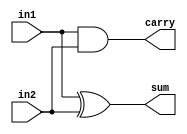
// This program was cloned from: https://github.com/neelkshah/MIPS-Processor
// License: GNU General Public License v3.0

module halfAdder(sum,carry,in1,in2);
	input in1, in2;
	output sum, carry;
	
	xor x1(sum, in1, in2);
	and a1(carry, in1, in2);
	
endmodule

/*module testbench1;
	reg i1, i2;
	wire s, c;
	halfAdder ha1(s, c, i1, i2);
	initial
		begin
			$monitor($time, " input1 = %b, input2 = %b, Sum = %b, Carry = %b", i1, i2, s, c);
			#2 i1 = 1'b 0; i2 = 1'b 0;
			#2 i1 = 1'b 0; i2 = 1'b 1;
			#2 i1 = 1'b 1; i2 = 1'b 0;
			#2 i1 = 1'b 1; i2 = 1'b 1;
		end

endmodule	*/

module oneBitFullAdder(sum, carry, in1, in2, cin);
	input in1, in2, cin;
	output sum, carry;
	wire s1, c1, c2;
	
	halfAdder ha1(s1, c1, in1, in2);
	halfAdder ha2(sum, c2, s1, cin);
	or o1(carry, c1, c2);
	
endmodule

/*module testbench2;
	reg in1, in2, cin;
	wire sum, carry;
	oneBitFullAdder fa1(sum, carry, in1, in2, cin);
	initial
		begin
			$monitor($time, "    input1 = %b, input2 = %b, carryIn = %b, sum = %b, carry = %b", in1, in2, cin, sum, carry);
			#2 in1 = 1'b 0; in2 = 1'b 0; cin = 1'b 0;
			#2 in1 = 1'b 0; in2 = 1'b 1; cin = 1'b 0;
			#2 in1 = 1'b 1; in2 = 1'b 0; cin = 1'b 0;
			#2 in1 = 1'b 1; in2 = 1'b 1; cin = 1'b 0;
			#2 in1 = 1'b 0; in2 = 1'b 0; cin = 1'b 1;
			#2 in1 = 1'b 0; in2 = 1'b 1; cin = 1'b 1;
			#2 in1 = 1'b 1; in2 = 1'b 0; cin = 1'b 1;
			#2 in1 = 1'b 1; in2 = 1'b 1; cin = 1'b 1;
		end
endmodule	*/

module fourBitFullAdder(sum, carry, in1, in2, cin);
	input [3:0] in1, in2;
	input cin;
	output [3:0] sum;
	output carry;
	wire c0, c1, c2;
	
	oneBitFullAdder obfa1(sum[0], c0, in1[0], in2[0], cin);
	oneBitFullAdder obfa2(sum[1], c1, in1[1], in2[1], c0);
	oneBitFullAdder obfa3(sum[2], c2, in1[2], in2[2], c1);
	oneBitFullAdder obfa4(sum[3], carry, in1[3], in2[3], c2);
	
endmodule

/*module testbench3;
	reg [3:0] in1, in2;
	reg cin;
	wire [3:0] sum;
	wire carry;
	fourBitFullAdder fbfa1(sum, carry, in1, in2, cin);
	initial
		begin
			$monitor($time, "    input1 = %b, input2 = %b, carryIn = %b, sum = %b, carry = %b", in1, in2, cin, sum, carry);
			#2 in1 = 4'b 0000; in2 = 4'b 0000; cin = 1'b 0;
			#2 in1 = 4'b 0010; in2 = 4'b 0100; cin = 1'b 1;
			#2 in1 = 4'b 0000; in2 = 4'b 1111; cin = 1'b 0;
			#2 in1 = 4'b 1111; in2 = 4'b 0001; cin = 1'b 1;
		end
		
endmodule	*/

module eightBitFullAdder(sum, carry, in1, in2, cin);
	input [7:0] in1, in2;
	input cin;
	output [7:0] sum;
	output carry;
	wire caux;
	
	fourBitFullAdder fbfa1(sum[3:0], caux, in1[3:0], in2[3:0], cin);
	fourBitFullAdder fbfa2(sum[7:4], carry, in1[7:4], in2[7:4], caux);
	
endmodule

/*module testbench4;
	reg [7:0] in1, in2;
	reg cin;
	wire [7:0] sum;
	wire carry;
	eightBitFullAdder ebfa1(sum, carry, in1, in2, cin);
	initial
		begin
		$monitor($time, "    input1 = %b, input2 = %b, carryIn = %b, sum = %b, carry = %b", in1, in2, cin, sum, carry);
		#2 in1 = 8'b 00000000; in2 = 8'b 00000000; cin = 1'b 0;
		#2 in1 = 8'b 10101010; in2 = 8'b 01010101; cin = 1'b 1;
		#2 in1 = 8'b 11111111; in2 = 8'b 00000000; cin = 1'b 1;
		#2 in1 = 8'b 11111111; in2 = 8'b 11111111; cin = 1'b 1;
		end
		
endmodule	*/

module thirtytwoBitFullAdder(sum, carry, in1, in2, cin);
	input [31:0] in1, in2;
	input cin;
	output [31:0] sum;
	output carry;
	wire caux1, caux2, caux3;
	
	eightBitFullAdder ebfa1(sum[7:0], caux1, in1[7:0], in2[7:0], cin);
	eightBitFullAdder ebfa2(sum[15:8], caux2, in1[15:8], in2[15:8], caux1);
	eightBitFullAdder ebfa3(sum[23:16], caux3, in1[23:16], in2[23:16], caux2);
	eightBitFullAdder ebfa4(sum[31:24], carry, in1[31:24], in2[31:24], caux3);
	
endmodule